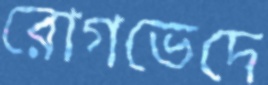
রোগভেদে